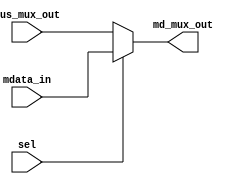
module MDMux (input [31:0] bus_mux_out, mdata_in, input sel, output [31:0] md_mux_out);
	assign md_mux_out = sel ? mdata_in:bus_mux_out;
endmodule